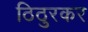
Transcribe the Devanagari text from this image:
ठिठुरकर